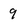
Character: 9